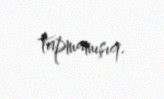
tapmamışıq.